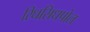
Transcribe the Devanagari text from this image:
रिधसिधपोल